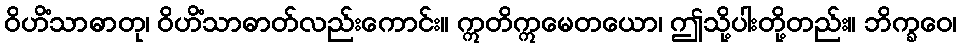
ဝိဟိံသာဓာတု၊ ဝိဟိံသာဓာတ်လည်းကောင်း။ ဣတိဣမေတယော၊ ဤသို့ပါးတို့တည်း။ ဘိက္ခဝေ၊